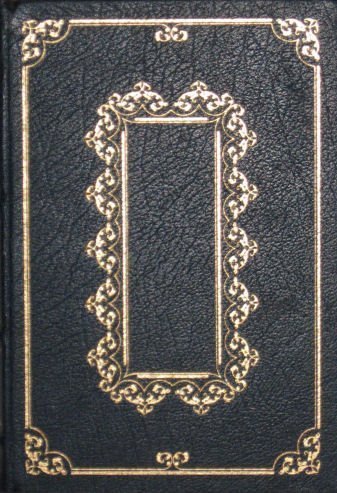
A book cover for Pensees; Blaise Pascal; Politics & Social Sciences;